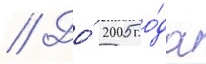
// До́ 2005 го́да